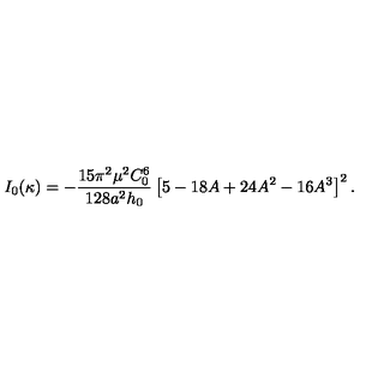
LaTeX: I _ { 0 } ( \kappa ) = - \frac { 1 5 \pi ^ { 2 } \mu ^ { 2 } C _ { 0 } ^ { 6 } } { 1 2 8 a ^ { 2 } h _ { 0 } } \left[ 5 - 1 8 A + 2 4 A ^ { 2 } - 1 6 A ^ { 3 } \right] ^ { 2 } .